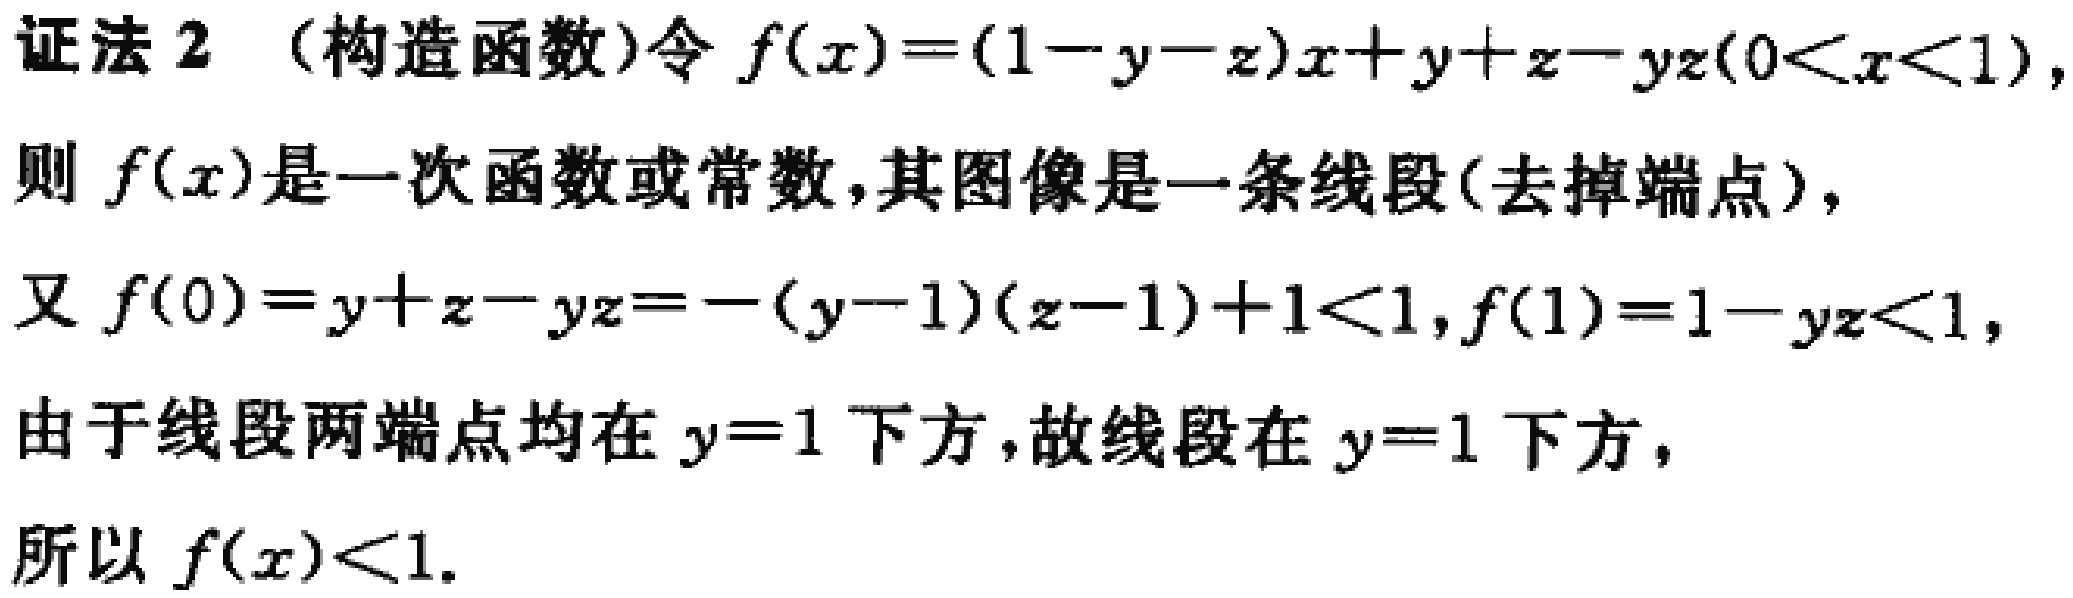
证法 2 （构造函数）令 \(f(x)=(1 - y - z)x + y + z - yz(0<x<1)\)，
则 \(f(x)\)是一次函数或常数，其图像是一条线段(去掉端点)，
又 \(f(0)=y + z - yz=-(y - 1)(z - 1)+1<1,f(1)=1 - yz<1\)，
由于线段两端点均在 \(y = 1\)下方，故线段在 \(y = 1\)下方，
所以 \(f(x)<1\)。